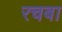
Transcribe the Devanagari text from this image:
रचबा